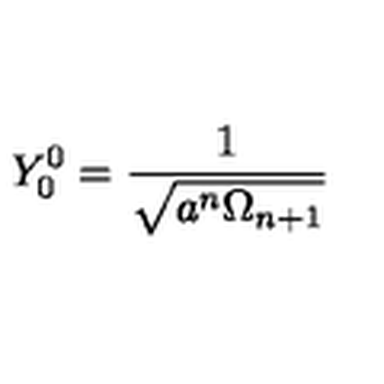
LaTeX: Y _ { 0 } ^ { 0 } = \frac { 1 } { \sqrt { a ^ { n } \Omega _ { n + 1 } } }